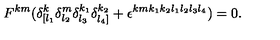
F ^ { k m } ( \delta _ { [ l _ { 1 } } ^ { k } \delta _ { l _ { 2 } } ^ { m } \delta _ { l _ { 3 } } ^ { k _ { 1 } } \delta _ { l _ { 4 } ] } ^ { k _ { 2 } } + \epsilon ^ { k m k _ { 1 } k _ { 2 } l _ { 1 } l _ { 2 } l _ { 3 } l _ { 4 } } ) = 0 .